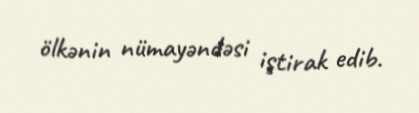
ölkənin nümayəndəsi iştirak edib.